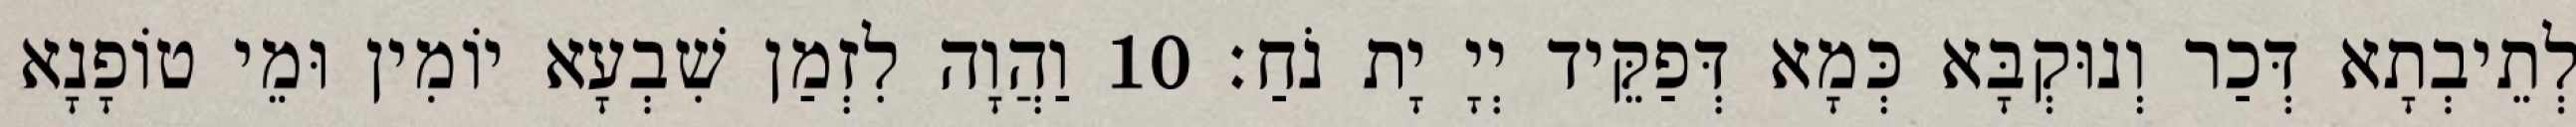
לְתֵיבְתָא דְּכַר וְנוּקְבָּא כְּמָא דְּפַקֵּיד יְיָ יָת נֹחַ׃ 10 וַהֲוָה לִזְמַן שִׁבְעָא יוֹמִין וּמֵי טוֹפָנָא